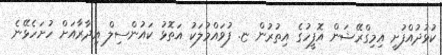
ކުޅުދުއްފުށީ އިމިގްރޭޝަން އޮފީހުގެ އިތުރުން ޏ. ފުވައްމުލަކު އަތޮޅު ކައުންސިލް އިދާރާއަށް ހުށަހެޅޭނެ